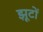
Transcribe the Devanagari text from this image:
झूटों